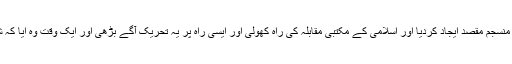
اس تجویز نے لوگوں کے اندر معین اور منسجم مقصد ایجاد کردیا اور اسلامی کے مکتبی مقابلہ کی راہ کھولی اور ایسی راہ پر یہ تحریک آگے بڑھی اور ایک وقت وہ ایا کہ شاہی حکومت کی بنیادیں ہلا کر رکھدیں۔